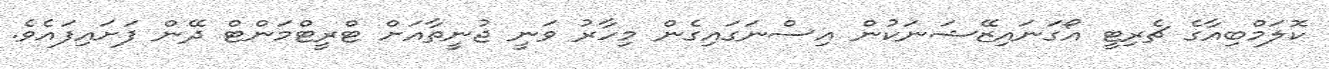
ކޮލަމްބިއާގެ ޗެރިޓީ އޯގަނައިޒޭޝަނަކުން އިސްނަގައިގެން މިހާރު ވަނީ ޖުނީތާއަށް ޓްރީޓްމަންޓް ދޭން ފަށައިފައެވެ.